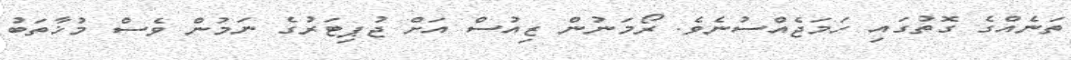
ތަނެއްގެ ގޮތުގައި ހަމަޖެއްސުނެވެ. ރޯމަނުން ޒިއުސް އަށް ޖުޕިޓަރުގެ ނަމުން ވެސް މުޚާތަބު